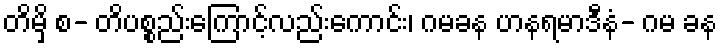
တိမှိ စ- တိပစ္စည်းကြောင့်လည်းကောင်း၊ ဂမခန ဟနရမာဒီနံ- ဂမ ခန